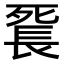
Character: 𨱼